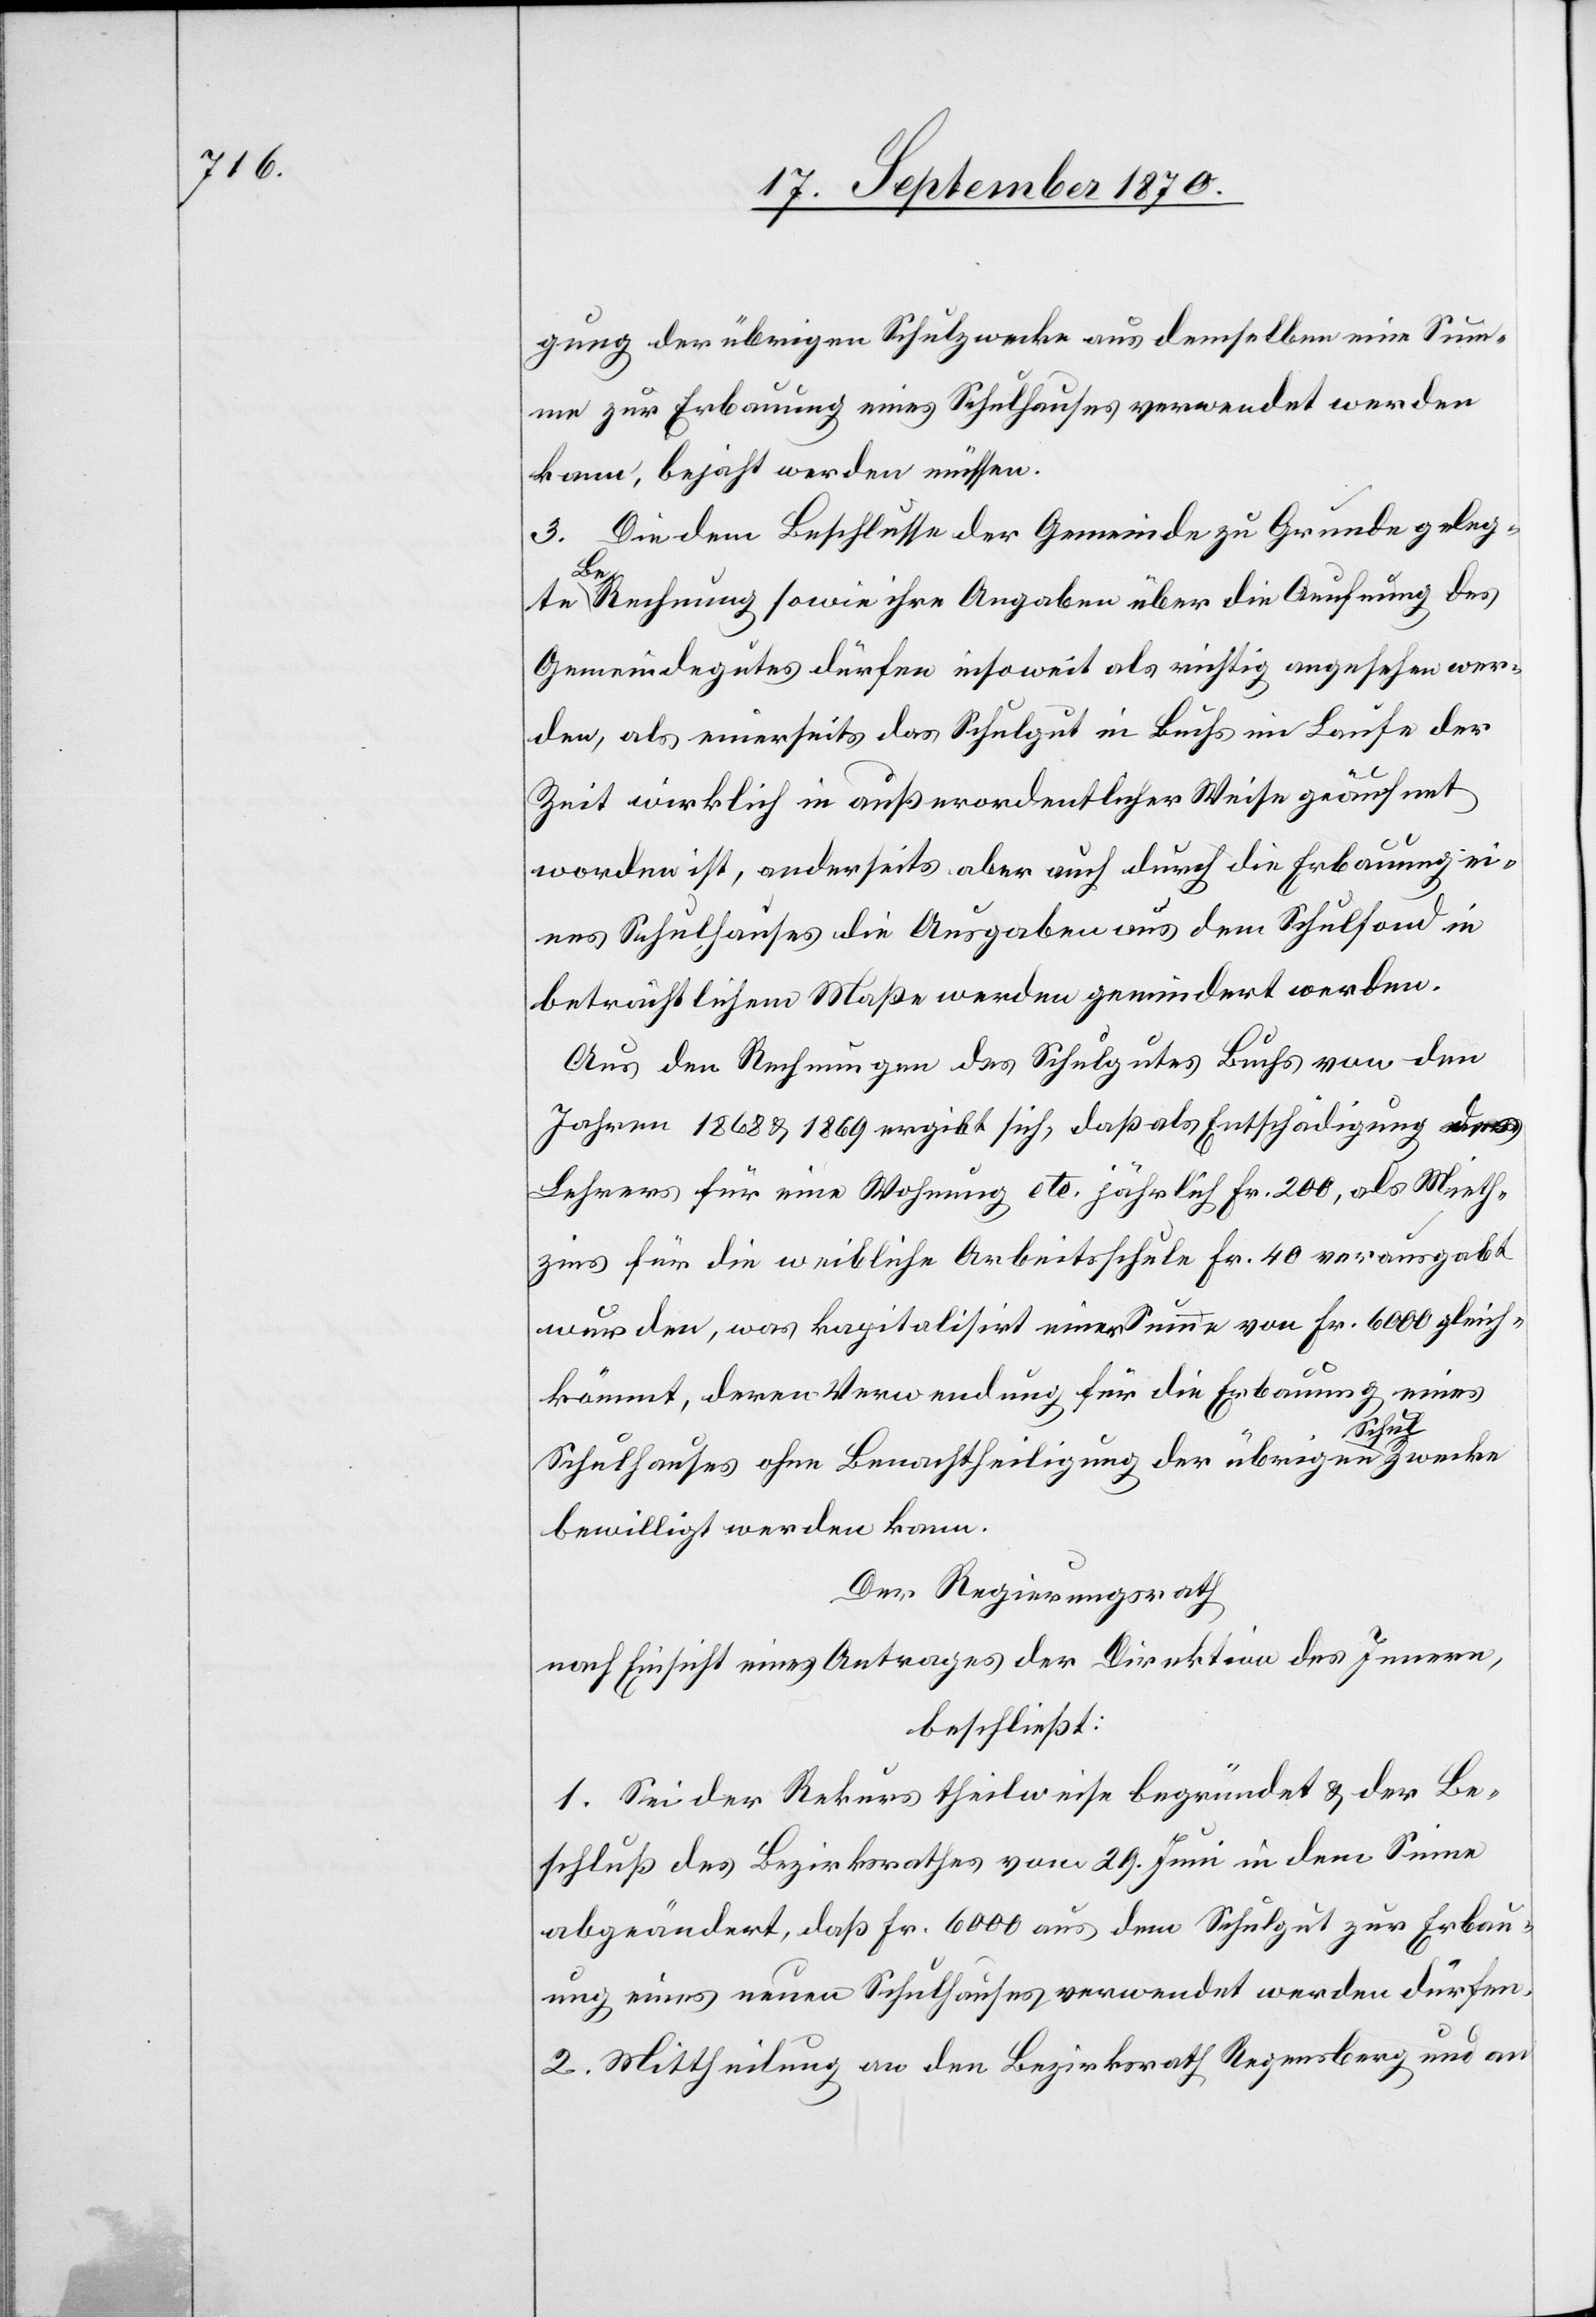
gung der übrigen Schulzwecke aus demselben eine Sum¬
me zur Erbauung eines Schulhauses verwendet werden
kann, bejaht werden müssen.
3. Die dem Beschlusse der Gemeinde zu Grunde gelegte
l-aZ¬
Rechnung sowie ihre Angaben über die Aeufnung des
Gemeindegutes dürfen insoweit als richtig angesehen wer¬
den, als einerseits das Schulgut in Buchs im Laufe der
Zeit wirklich in außerordentlicher Weise geäufnet
worden ist, anderseits aber auch durch die Erbauung ei¬
nes Schulhauses die Ausgaben aus dem Schulfond in
beträchtlichem Maße werden gemindert werden.
Aus den Rechnungen des Schulgutes Buchs von den
Jahren 1868 & 1869 ergibt sich, daß als Entschädigung des
Lehrers für eine Wohnung etc. jährlich Fr. 200, als Mieth¬
zins für die weibliche Arbeitsschule Fr. 40 verausgabt
wurden, was kapitalisirt einer Summe von Fr. 6000 gleich¬
kömmt, deren Verwendung für die Erbauung eines
wecke
Schulhauses ohne Benachtheiligung der übrigen a-Schu¬
bewilligt werden kann.
Der Regierungsrath
nach Einsicht eines Antrages der Direktion des Innern,
beschließt:
1. Sei der Rekurs theilweise begründet & der Be¬
schluß des Bezirksrathes vom 29. Juni in dem Sine
abgeändert, daß Fr. 6000 aus dem Schulgut zur Erbau¬
ung eines neuen Schulhauses verwendet werden dürfen.
2. Mittheilung an den Bezirksrath Regensberg und an